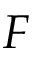
F